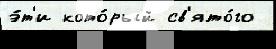
э́т'и кото́рый св'ято́го